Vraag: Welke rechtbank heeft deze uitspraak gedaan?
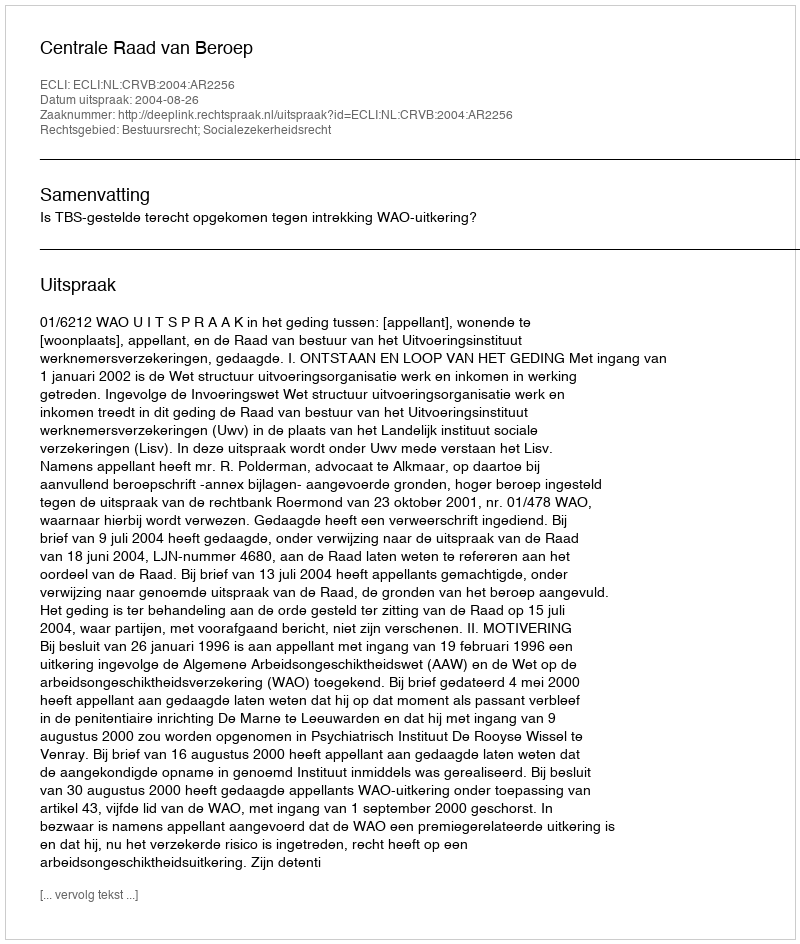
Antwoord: Centrale Raad van Beroep